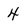
Character: 4